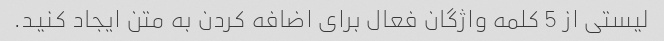
لیستی از 5 کلمه واژگان فعال برای اضافه کردن به متن ایجاد کنید.